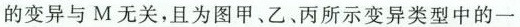
的变异与M无关，且为图甲、乙、丙所示变异类型中的一